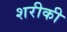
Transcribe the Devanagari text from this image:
शरीकी